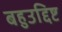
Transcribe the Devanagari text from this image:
बहुउद्दिष्ट